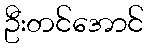
ဦးတင်အောင်